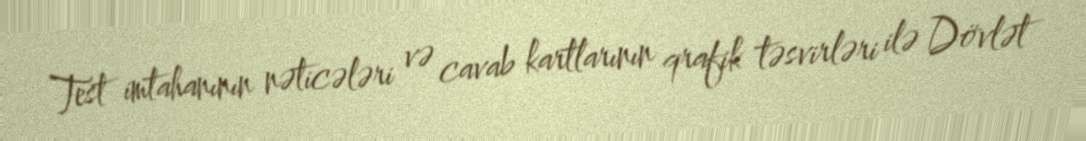
Test imtahanının nəticələri və cavab kartlarının qrafik təsvirləri ilə Dövlət